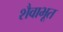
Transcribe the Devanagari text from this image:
शैवाभूत